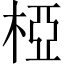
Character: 椏